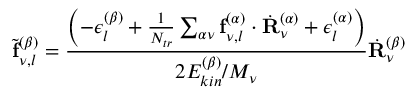
\tilde { \mathbf { f } } _ { \nu , l } ^ { ( \beta ) } = \frac { \left( - \epsilon _ { l } ^ { ( \beta ) } + \frac { 1 } { N _ { t r } } \sum _ { \alpha \nu } \mathbf { f } _ { \nu , l } ^ { ( \alpha ) } \cdot \dot { \mathbf { R } } _ { \nu } ^ { ( \alpha ) } + \epsilon _ { l } ^ { ( \alpha ) } \right) } { 2 E _ { k i n } ^ { ( \beta ) } / M _ { \nu } } \dot { \mathbf { R } } _ { \nu } ^ { ( \beta ) }